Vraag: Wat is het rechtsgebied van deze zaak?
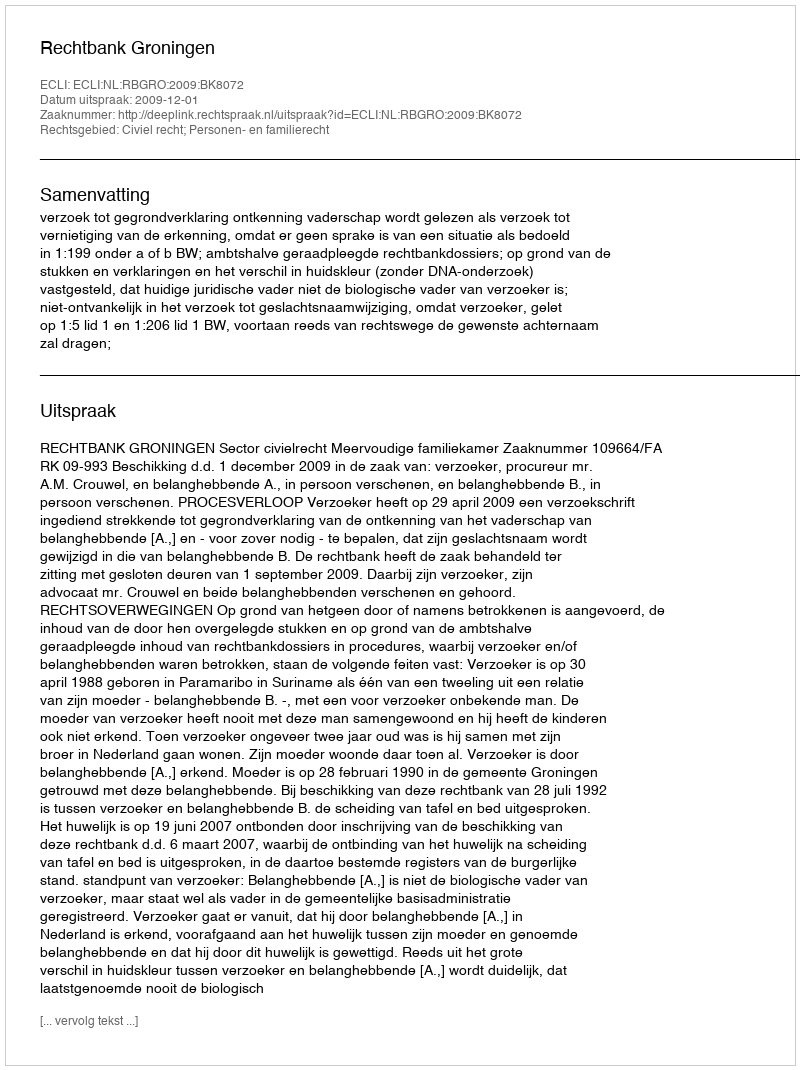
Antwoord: Civiel recht; Personen- en familierecht